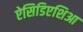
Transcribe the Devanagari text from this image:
ऐसिडिएशिआ